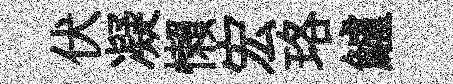
伏凝懶宏珞鱸